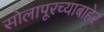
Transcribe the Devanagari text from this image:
सोलापूरच्याबाहेर